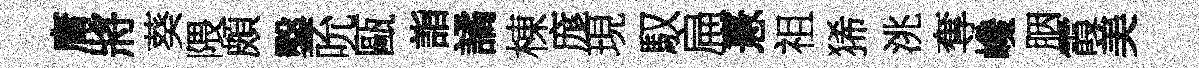
庸將葵隈頗鑿吮甌詣譎棟庬現馭扁憙祖狶洮奪巉胭霞美